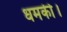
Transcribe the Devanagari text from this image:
धमकी।